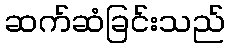
ဆက်ဆံခြင်းသည်